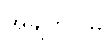
အချက်ပြမှု